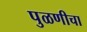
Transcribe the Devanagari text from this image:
पुळणीचा